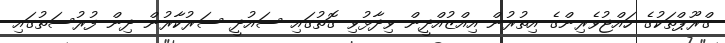
ގްރޫޕްތަކުގެ ހައްޖުވެރިންގެ އިތުރުން އިއްޒުއްދީން ވިދާޅުވި ގޮތުގައި ސައުދީ ސަރުކާރުން ދިން ފުރުސަތުގައި